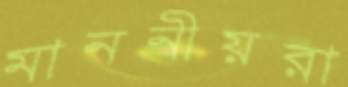
মাননীয়রা